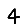
Digit: 4